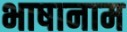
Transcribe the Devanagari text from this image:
भाषानाम